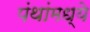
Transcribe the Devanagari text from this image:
पंथांमध्ये